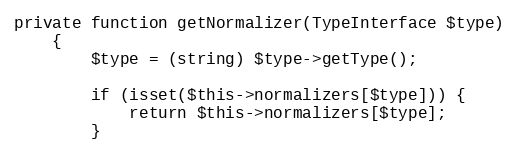
Language: PHP
private function getNormalizer(TypeInterface $type)
    {
        $type = (string) $type->getType();

        if (isset($this->normalizers[$type])) {
            return $this->normalizers[$type];
        }